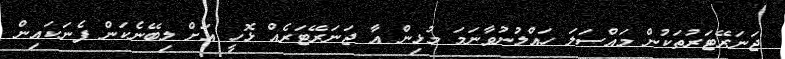
ޖަނަރޭޓަރުތަކުން މައްސަލަ ހައްލުނުވާނަމަ މުޅިން އާ ޖަނަރޭޓަރެއް ޅޮހީ އަށް ލިބޭނެކަން ފެނަކައިން